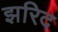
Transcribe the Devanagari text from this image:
झरिद